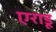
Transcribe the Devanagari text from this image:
एराडू